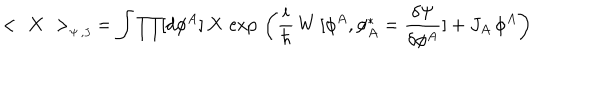
< \, \, X \, \, > _ { _ { \Psi \, , J \, } } = \int \prod [ d \phi ^ { A } ] \, X \, \exp \, \left( { \frac { i } { \hbar } } \, W \, [ \phi ^ { A } , \phi _ { A } ^ { \ast } = { \frac { \delta \Psi } { \delta \phi ^ { A } } } ] + J _ { A } \, \phi ^ { A } \right)